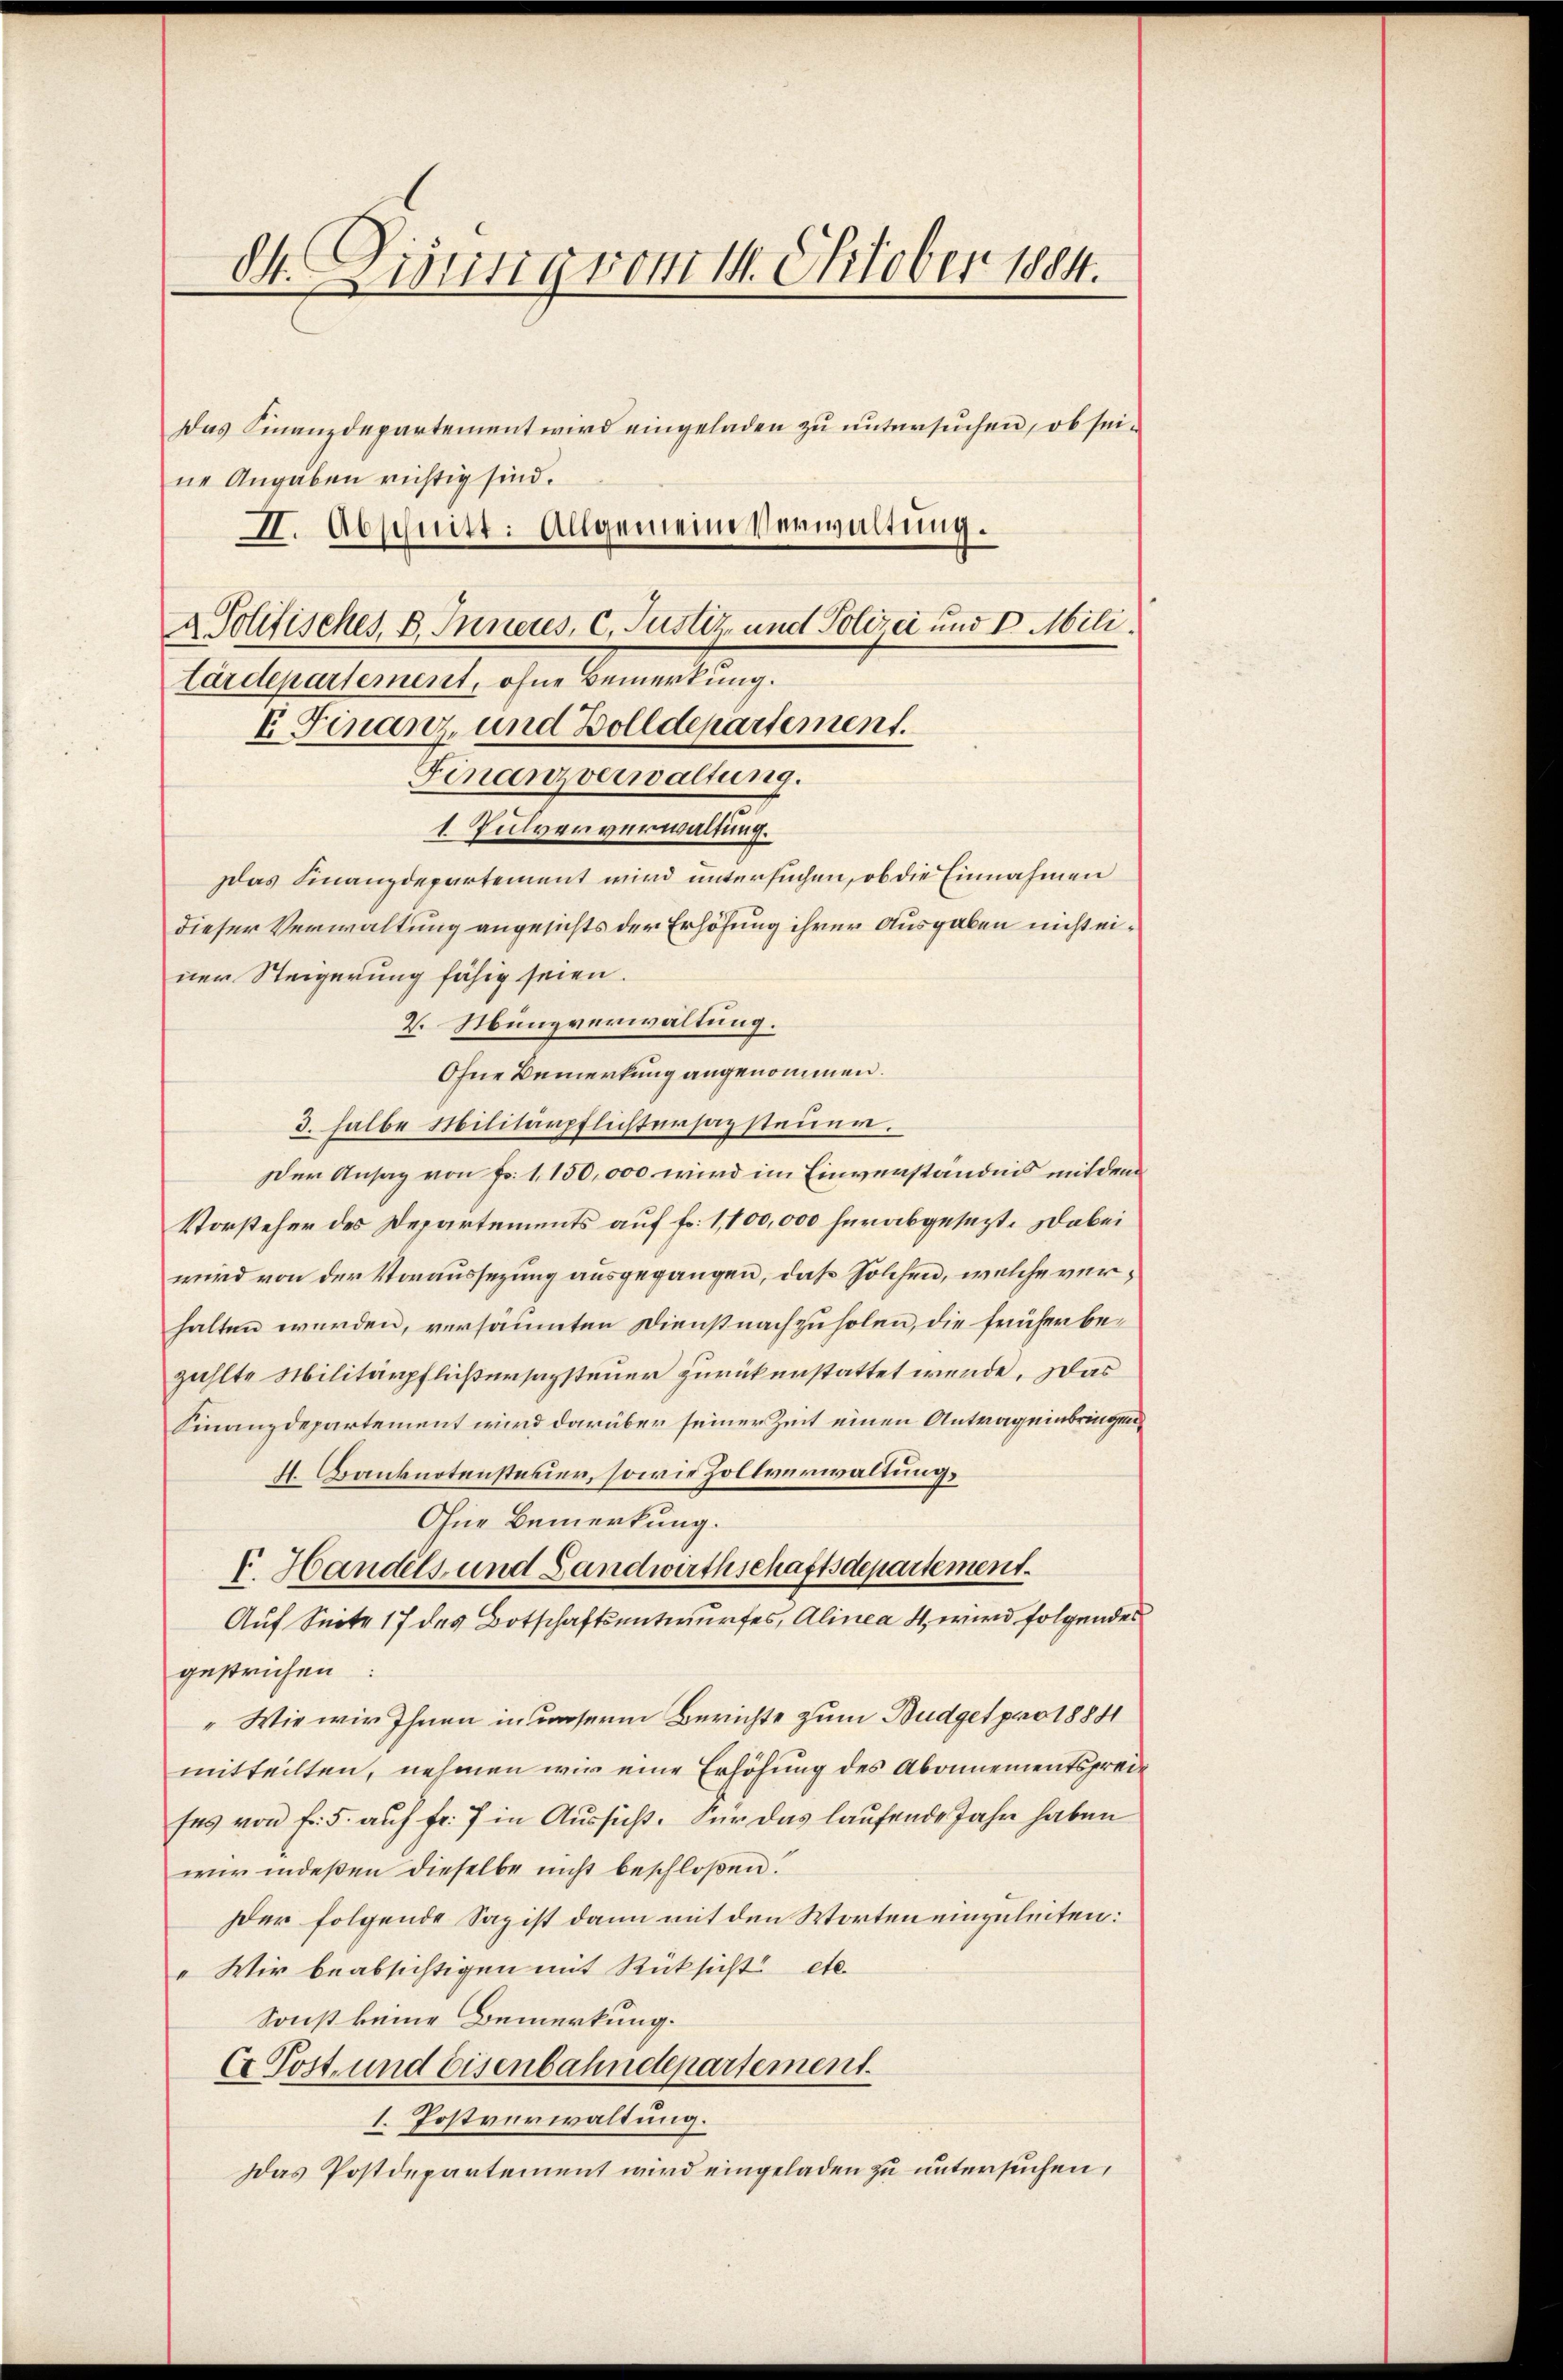
I. Finanz- und Bolldepartement.
Finanzverwaltung.
1 Pulververwaltung.
Idas Finanzdepartement wird untersuchen, ob die Einnahmen
dieser Verwaltung angesichts der Erhöhung ihrer Ausgaben nicht einer Steigerung fähig seien.
2. Münzverwaltung.
Ohne Bemerkung angenommen.
3. halbe Militärpflichtersazsteuer.
Der Ansag von Fr. 1150,000 wird im Einverständnis mit dem
Vorsteher des Departements auf fr. 1,100,000 herabgesezt. Dabei
wird von der Voraussezung ausgegangen, daß solchen, welche verhalten werden, versäumten Dienstnachzuholen, die früher bezählte Militärpflichersazsteuer zurückenstattet werde. Das
Finanzdepartement wird darüber seiner Zeit einen Antrag einbringen
H. Banknotensteuer, sowie Zollverwaltung.
Ohne Bemerkung.
F. Handels- und Landwirthschaftsdepartement.
Auf Seite 17 des Botschaftsentwurfes, Alinea 4 wird folgendes
gestrichen
" Wir wir Ihnen in unserm Berichte zum Budget pro 18881
mitteilten, nehmen wir eine Erhöhung des Abonnementspreises von fr. 5. auf fr. 7 in Aussicht. Für das laufende Jahr haben
wir indeßen dieselbe nicht beschloßen:
er folgende Sazist dann mit den Worten einzuleiten:
" Wir beabsichtigen mit Rücksicht etc.
Sonst keine Bemerkung.
(r Post- und Eisenbahndepartement.
1. Postverwaltung.
Das Postdepartement wird eingeladen zu untersuchen,

84. Lisung vom 14. Oktober 1884.
Das Finanzdepartement wird eingeladen zu untersuchen, ob seine Angaben richtig sind.
II. Abschnitt: Allgemeine Verwaltung.
& Politisches, B. Inneres, c. Justiz, und Polizei und I. Mili¬
Lärdepartement, ohne Bemerkung.